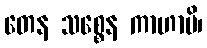
တေန သစ္စေန ကာဟာမိ၊